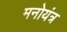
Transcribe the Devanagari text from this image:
मनोयंत्र